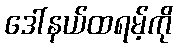
ဒေါ်နယ်ထရမ့်ကို